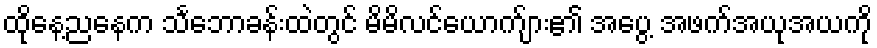
ထိုနေ့ညနေက သင်္ဘောခန်းထဲတွင် မိမိလင်ယောက်ျား၏ အပွေ့ အဖက်အယုအယကို